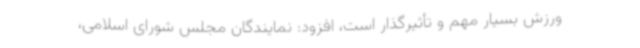
ورزش بسیار مهم و تأثیرگذار است، افزود: نمایندگان مجلس شورای اسلامی،